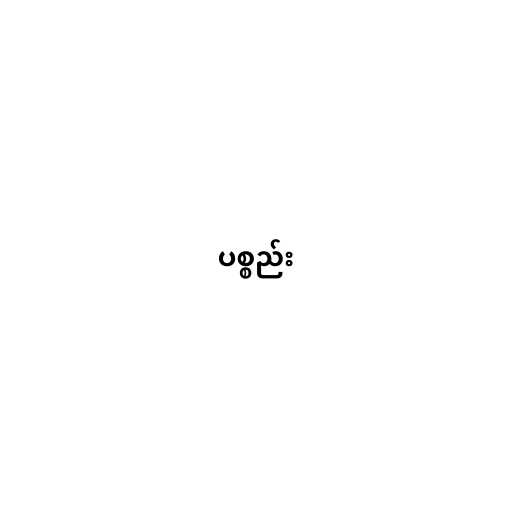
ပစ္စည်း